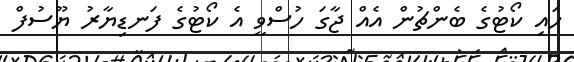
ހައި ކޯޓުގެ ބެންޗުން އެއް ޖާގަ ހުސްވީ އެ ކޯޓުގެ ފަނޑިޔާރު ޔޫސުފް